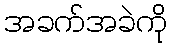
အခက်အခဲကို